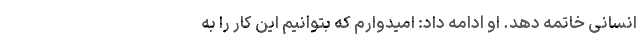
انسانی خاتمه دهد. او ادامه داد: امیدوارم که بتوانیم این کار را به